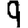
Digit: 9